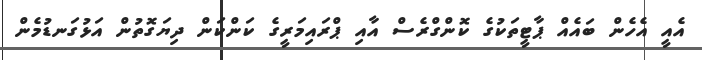
އެއީ އެހެން ބައެއް ޕާޓީތަކުގެ ކޮންގްރެސް އާއި ޕްރައިމަރީގެ ކަންކަން ދިޔަގޮތުން އަޅުގަނޑުމެން